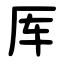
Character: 厍